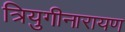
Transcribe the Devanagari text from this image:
त्रियुगीनारायण